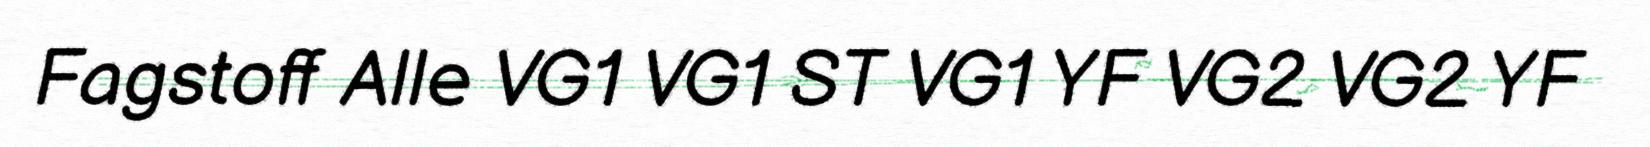
Fagstoff Alle VG1 VG1 ST VG1 YF VG2 VG2 YF